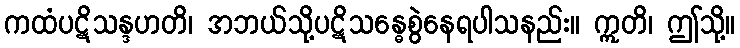
ကထံပဋိသန္ဒဟတိ၊ အဘယ်သို့ပဋိသန္ဓေစွဲနေရပါသနည်း။ ဣတိ၊ ဤသို့။